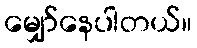
မျှော်နေပါတယ်။